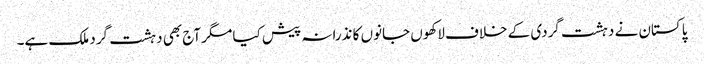
پاکستان نے دہشت گردی کے خلاف لاکھوں جانوں کا نذرانہ پیش کیا مگر آج بھی دہشت گرد ملک ہے۔